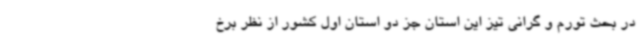
در بحث تورم و گرانی تیز این استان جز دو استان اول کشور از نظر برخ